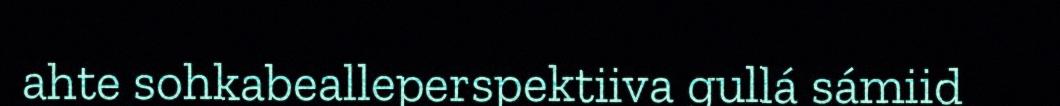
ahte sohkabealleperspektiiva gullá sámiid